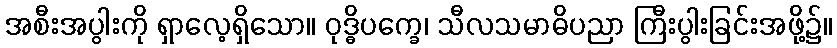
အစီးအပွါးကို ရှာလေ့ရှိသော။ ဝုဒ္ဓိပက္ခေ၊ သီလသမာဓိပညာ ကြီးပွါးခြင်းအဖို့၌။